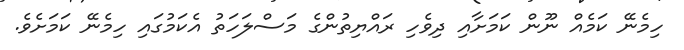
ހިމެނޭ ކަމެއް ނޫން ކަމަށާއި ދިވެހި ރައްޔިތުންގެ މަސްލަހަތު އެކަމުގައި ހިމެނޭ ކަމަށެވެ.